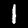
Label: 1